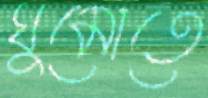
ঘুমোতে